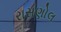
રાસણોલ